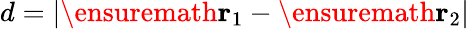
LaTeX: d=|\ensuremath{\mathbf{r}}_{1}-\ensuremath{\mathbf{r}}_{2}|